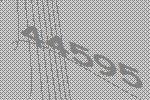
44595